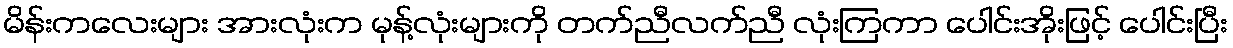
မိန်းကလေးများ အားလုံးက မုန့်လုံးများကို တက်ညီလက်ညီ လုံးကြကာ ပေါင်းအိုးဖြင့် ပေါင်းပြီး